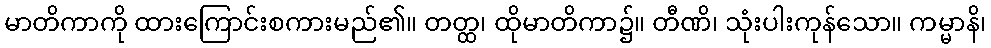
မာတိကာကို ထားကြောင်းစကားမည်၏။ တတ္ထ၊ ထိုမာတိကာ၌။ တီဏိ၊ သုံးပါးကုန်သော။ ကမ္မာနိ၊